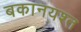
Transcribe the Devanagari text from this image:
बकानयश्त